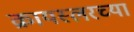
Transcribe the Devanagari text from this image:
क्रायस्लरच्या